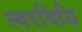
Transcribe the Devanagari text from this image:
स्वरविधि